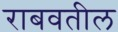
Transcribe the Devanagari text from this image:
राबवतील